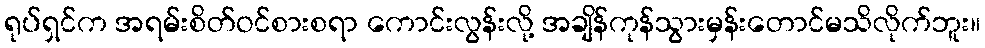
ရုပ်ရှင်က အရမ်းစိတ်ဝင်စားစရာ ကောင်းလွန်းလို့ အချိန်ကုန်သွားမှန်းတောင်မသိလိုက်ဘူး။